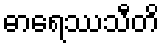
ဓာရေဿသီတိ